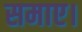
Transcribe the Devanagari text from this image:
समाए।